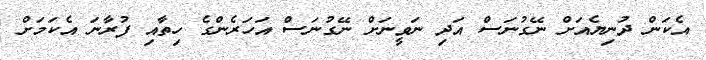
އެކަން ދުނިޔެއަށް ނޭގުނަސް އަދި ނަވީނަށް ނޭގުނަސް އަހަރެންގެ ހިތާއި ފުރާނަ އެކަމަށް